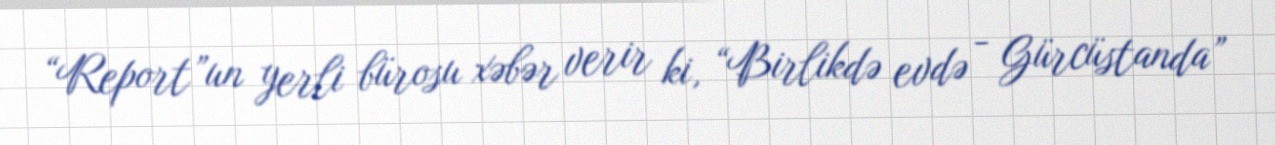
“Report”un yerli bürosu xəbər verir ki, “Birlikdə evdə - Gürcüstanda”